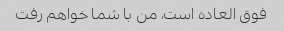
فوق العاده است، من با شما خواهم رفت